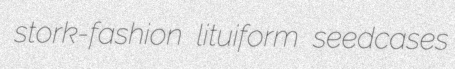
stork-fashion lituiform seedcases